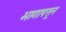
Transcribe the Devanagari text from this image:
भागापसून